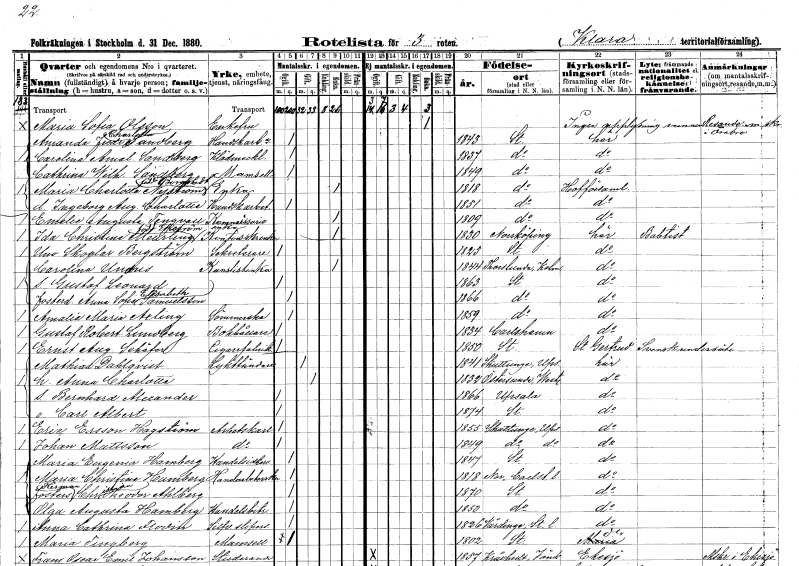
gt_parse: households: individuals: FN: Maria Sofia
EN: Olsson
KON: K
CIV: E
FODAR: ????
FN: Amanda Fredrika Charlotta
EN: Sandberg
YRKE: Handskarbetare
KON: K
CIV: O
FODAR: 1843
FODFORS: Stockholm
FN: Carolina Amalia
EN: Sandberg
YRKE: Klädmäklare
KON: K
CIV: O
FODAR: 1837
FODFORS: Stockholm
FN: Cathrina Wilhelmina
EN: Sandberg
KON: K
CIV: O
FODAR: 1849
FODFORS: Stockholm
FN: Maria Charlotta
EN: Nyström Borgstedt
YRKE: Änka
KON: K
CIV: E
FODAR: 1818
FODFORS: Stockholm
FN: Ingeborg Augusta Charlotta
YRKE: Handskarbetare
KON: K
CIV: O
FODAR: 1851
FODFORS: Stockholm
FN: Emelie Augusta
EN: Tengvall
YRKE: Kommissarieänka
KON: K
CIV: E
FODAR: 1809
FODFORS: Stockholm
FN: Ida Christina
EN: Meurling Ekström
YRKE: Kontorsskrivareänka
KON: K
CIV: E
FODAR: 1830
FODFORS: Norrköping Östergötlands län
FN: Uno
EN: Skoglar Bergström
YRKE: Sekreterare
KON: M
CIV: O
FODAR: 1823
FODFORS: Stockholm
FN: Carolina
EN: Unaeus
YRKE: Kanslistänka
KON: K
CIV: E
FODAR: 1844
FODFORS: Torslunda Kalmar län
FN: Gustaf Leonard
KON: M
CIV: O
FODAR: 1863
FODFORS: Stockholm
FN: Anna Sofia Elisabeth
EN: Samuelsson
KON: K
CIV: O
FODAR: 1866
FODFORS: Stockholm
FN: Amalia Maria
EN: Axling
YRKE: Sömmerska
KON: K
CIV: O
FODAR: 1859
FODFORS: Stockholm
FN: Gustaf Robert
EN: Lundberg
YRKE: Bokhållare
KON: M
CIV: O
FODAR: 1834
FODFORS: Karlshamn Blekinge län
FN: Ernst August
EN: Schäfer
YRKE: Cigarrfabrikör
KON: M
CIV: O
FODAR: 1850
FODFORS: Stockholm
FN: Mathias
EN: Dahlqvist
YRKE: Lykttändare
KON: M
CIV: G
FODAR: 1841
FODFORS: Skuttunge Uppsala län
FN: Anna Charlotta
KON: K
CIV: G
FODAR: 1832
FODFORS: Österunda Uppsala län
FN: Bernhard Alexander
KON: M
CIV: O
FODAR: 1866
FODFORS: Uppsala Uppsala län
FN: Carl Albert
KON: M
CIV: O
FODAR: 1874
FODFORS: Stockholm
FN: Eric
EN: Ersson Hagström
YRKE: Arbetskarl
KON: M
CIV: O
FODAR: 1855
FODFORS: Skuttunge Uppsala län
FN: Johan
EN: Mattsson
YRKE: Arbetskarl
KON: M
CIV: O
FODAR: 1849
FODFORS: Skuttunge Uppsala län
FN: Maria Eugenia
EN: Hamberg
YRKE: Handelsidkare
KON: K
CIV: O
FODAR: 1847
FODFORS: Stockholm
FN: Maria Christina
EN: Hamberg
YRKE: Handarbetare
KON: K
CIV: O
FODAR: 1818
FODFORS: Nor Värmlands län
FN: Herman Christian Theodor
EN: Ahlberg
KON: K
CIV: O
FODAR: 1870
FODFORS: Stockholm
FN: Olga Augusta
EN: Hamberg
YRKE: Handelsbiträde
KON: K
CIV: O
FODAR: 1850
FODFORS: Stockholm
FN: Anna Cathrina
EN: Flodin
YRKE: Silversliperska
KON: K
CIV: O
FODAR: 1826
FODFORS: Vårdinge Stockholms län
FN: Maria
EN: Tingberg
KON: K
CIV: O
FODAR: 1802
FODFORS: Stockholm
FN: Frans Oscar Emil
EN: Johansson
YRKE: Studerande
KON: M
CIV: O
FODAR: 1857
FODFORS: Kråkshult Jönköpings län